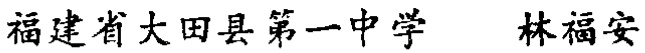
福建省大田县第一中学 林福安